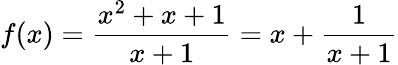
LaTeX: f(x)={\frac{x^{2}+x+1}{x+1}}=x+{\frac{1}{x+1}}